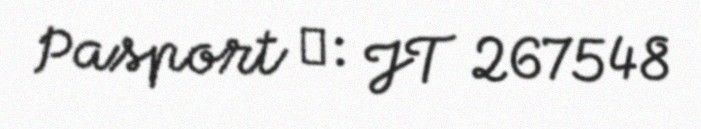
Pasport №: JT 267548